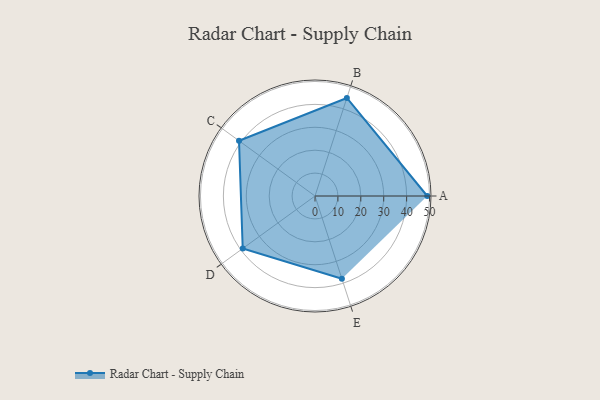
{"axis": {"x": "Skill", "y": "Score"}, "legend": ["Profile"], "data": [{"x": "A", "y": 49.0, "type": "Profile"}, {"x": "B", "y": 45.0, "type": "Profile"}, {"x": "C", "y": 41.0, "type": "Profile"}, {"x": "D", "y": 39.0, "type": "Profile"}, {"x": "E", "y": 38.0, "type": "Profile"}]}